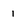
Character: 1